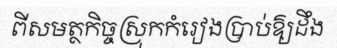
ពីសមត្ថកិច្ចស្រុកកំរៀងប្រាប់ឱ្យដឹង